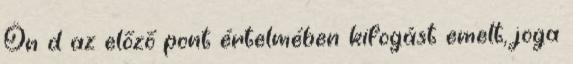
Ön d az előző pont értelmében kifogást emelt, joga